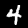
Label: 4